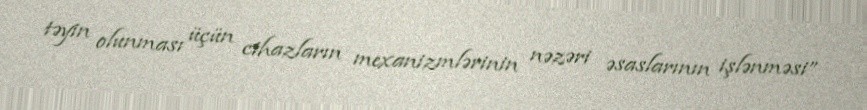
təyin olunması üçün cihazların mexanizmlərinin nəzəri əsaslarının işlənməsi”